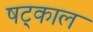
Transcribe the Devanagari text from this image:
षट्काल